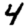
Digit: 4